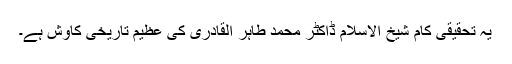
یہ تحقیقی کام شیخ الاسلام ڈاکٹر محمد طاہر القادری کی عظیم تاریخی کاوش ہے۔